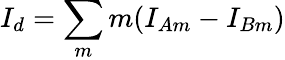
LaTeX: I_{d}=\sum_{m}m(I_{Am}-I_{Bm})